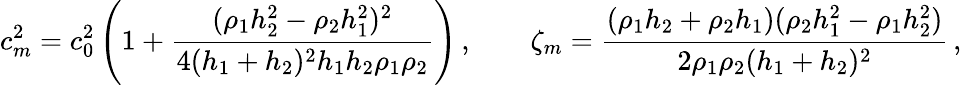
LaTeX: c_{m}^{2}=c_{0}^{2}\left(1+{\frac{(\rho_{1}h_{2}^{2}-\rho_{2}h_{1}^{2})^{2}}{4(h_{1}+h_{2})^{2}h_{1}h_{2}\rho_{1}\rho_{2}}}\right)\, ,\qquad\zeta_{m}={\frac{(\rho_{1}h_{2}+\rho_{2}h_{1})(\rho_{2}h_{1}^{2}-\rho_{1}h_{2}^{2})}{2\rho_{1}\rho_{2}(h_{1}+h_{2})^{2}}}\, ,